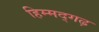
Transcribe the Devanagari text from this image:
हिम्मद्गढ़